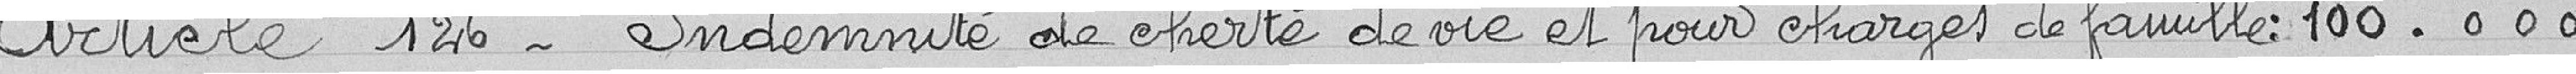
Article 126 - Indemnité de cherté de vie et pour charges de famille : 100.000